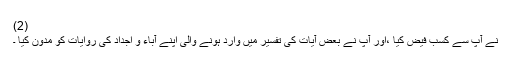
(2)
نے آپ سے کسب فیض کیا ،اور آپ نے بعض آیات کی تفسیر میں وارد ہونے والی اپنے آباء و اجداد کی روایات کو مدوّن کیا ۔